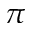
\pi